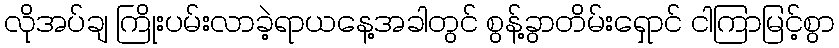
လိုအပ်ချ ကြိုးပမ်းလာခဲ့ရာယနေ့အခါတွင် စွန့်ခွာတိမ်းရှောင် ငါကြာမြင့်စွာ